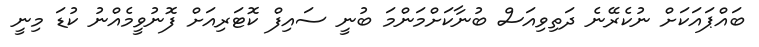
ބައްޕައަކަށް ނުކެރޭނެ ދަތިވިއަސް ބުނާކަށްމަންމަ ބުނީ ސައިފް ކޮޓަރިއަށް ފޮނުވީމެއްނު ކުޑަ މިނީ